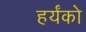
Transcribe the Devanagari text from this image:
हर्यंको